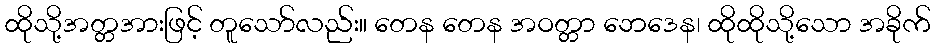
ထိုသို့အတ္တအားဖြင့် တူသော်လည်း။ တေန တေန အဝတ္တာ ဘေဒေန၊ ထိုထိုသို့သော အခိုက်